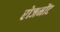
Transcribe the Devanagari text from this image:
रोजमोंट